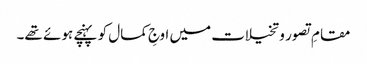
مقامِ تصور و تخیلات میں اوجِ کمال کو پہنچے ہوئے تھے۔